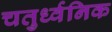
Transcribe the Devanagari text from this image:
चतुर्ध्वनिक